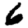
Digit: 6